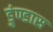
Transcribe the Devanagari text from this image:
डुंण्डास